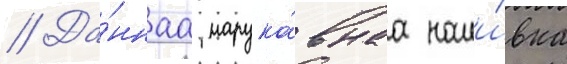
// Да́ннаа нарука́внаа наши́вка